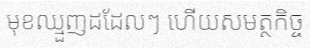
មុខឈ្មួញដដែលៗ ហើយសមត្ថកិច្ច